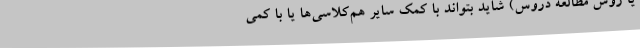
یا روش مطالعه دروس) شاید بتواند با کمک سایر هم‌کلاسی‌ها یا با کمی